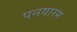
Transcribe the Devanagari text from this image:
पनयारम